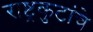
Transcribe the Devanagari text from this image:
राष्ट्रकुटांचे